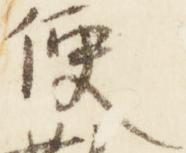
便